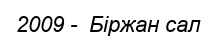
2009 -  Біржан сал